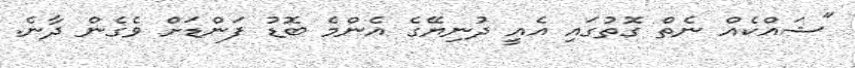
"ޝައްކެއް ނެތް ގޮތުގައި އެއީ ދުނިޔޭގެ އެންމެ ބޮޑު ފަންޑަށް ވެގެން ދާނެ.